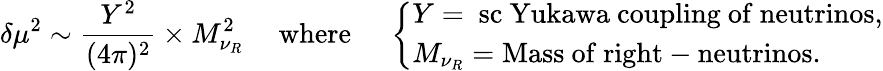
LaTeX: \delta\mu^{2}\sim\frac{Y^{2}}{(4\pi)^{2}}\times M_{\nu_{R}}^{2}\ \ \ \ \mathrm{~where~}\ \ \ \ \left\{ \begin{array}{l}{{Y=\mathrm{{\ sc~Yukawa}~coupling~of~neutrinos,}}}\\ {{M_{\nu_{R}}=\mathrm{Mass~of~right-neutrinos.}}}\end{array}\right.